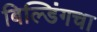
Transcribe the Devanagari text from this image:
बिल्डिंगचा